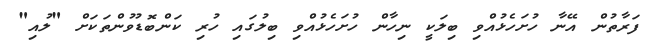
ފަރާތުން އޭނާ ހުށަހެޅުއްވި ބިލަކީ ނިހާން ހުށަހެޅުއްވި ބިލުގައި ހުރި ކަންބޮޑުވުންތަކަށް "ލުއި"